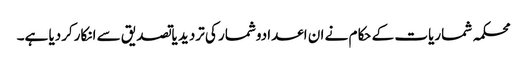
محکمہ شماریات کے حکام نے ان اعدادوشمار کی تردید یاتصدیق سے انکارکردیا ہے۔